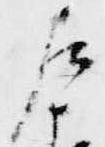
左